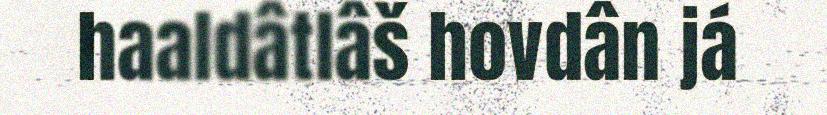
haaldâtlâš hovdân já